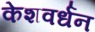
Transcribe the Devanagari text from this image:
केशवर्धन